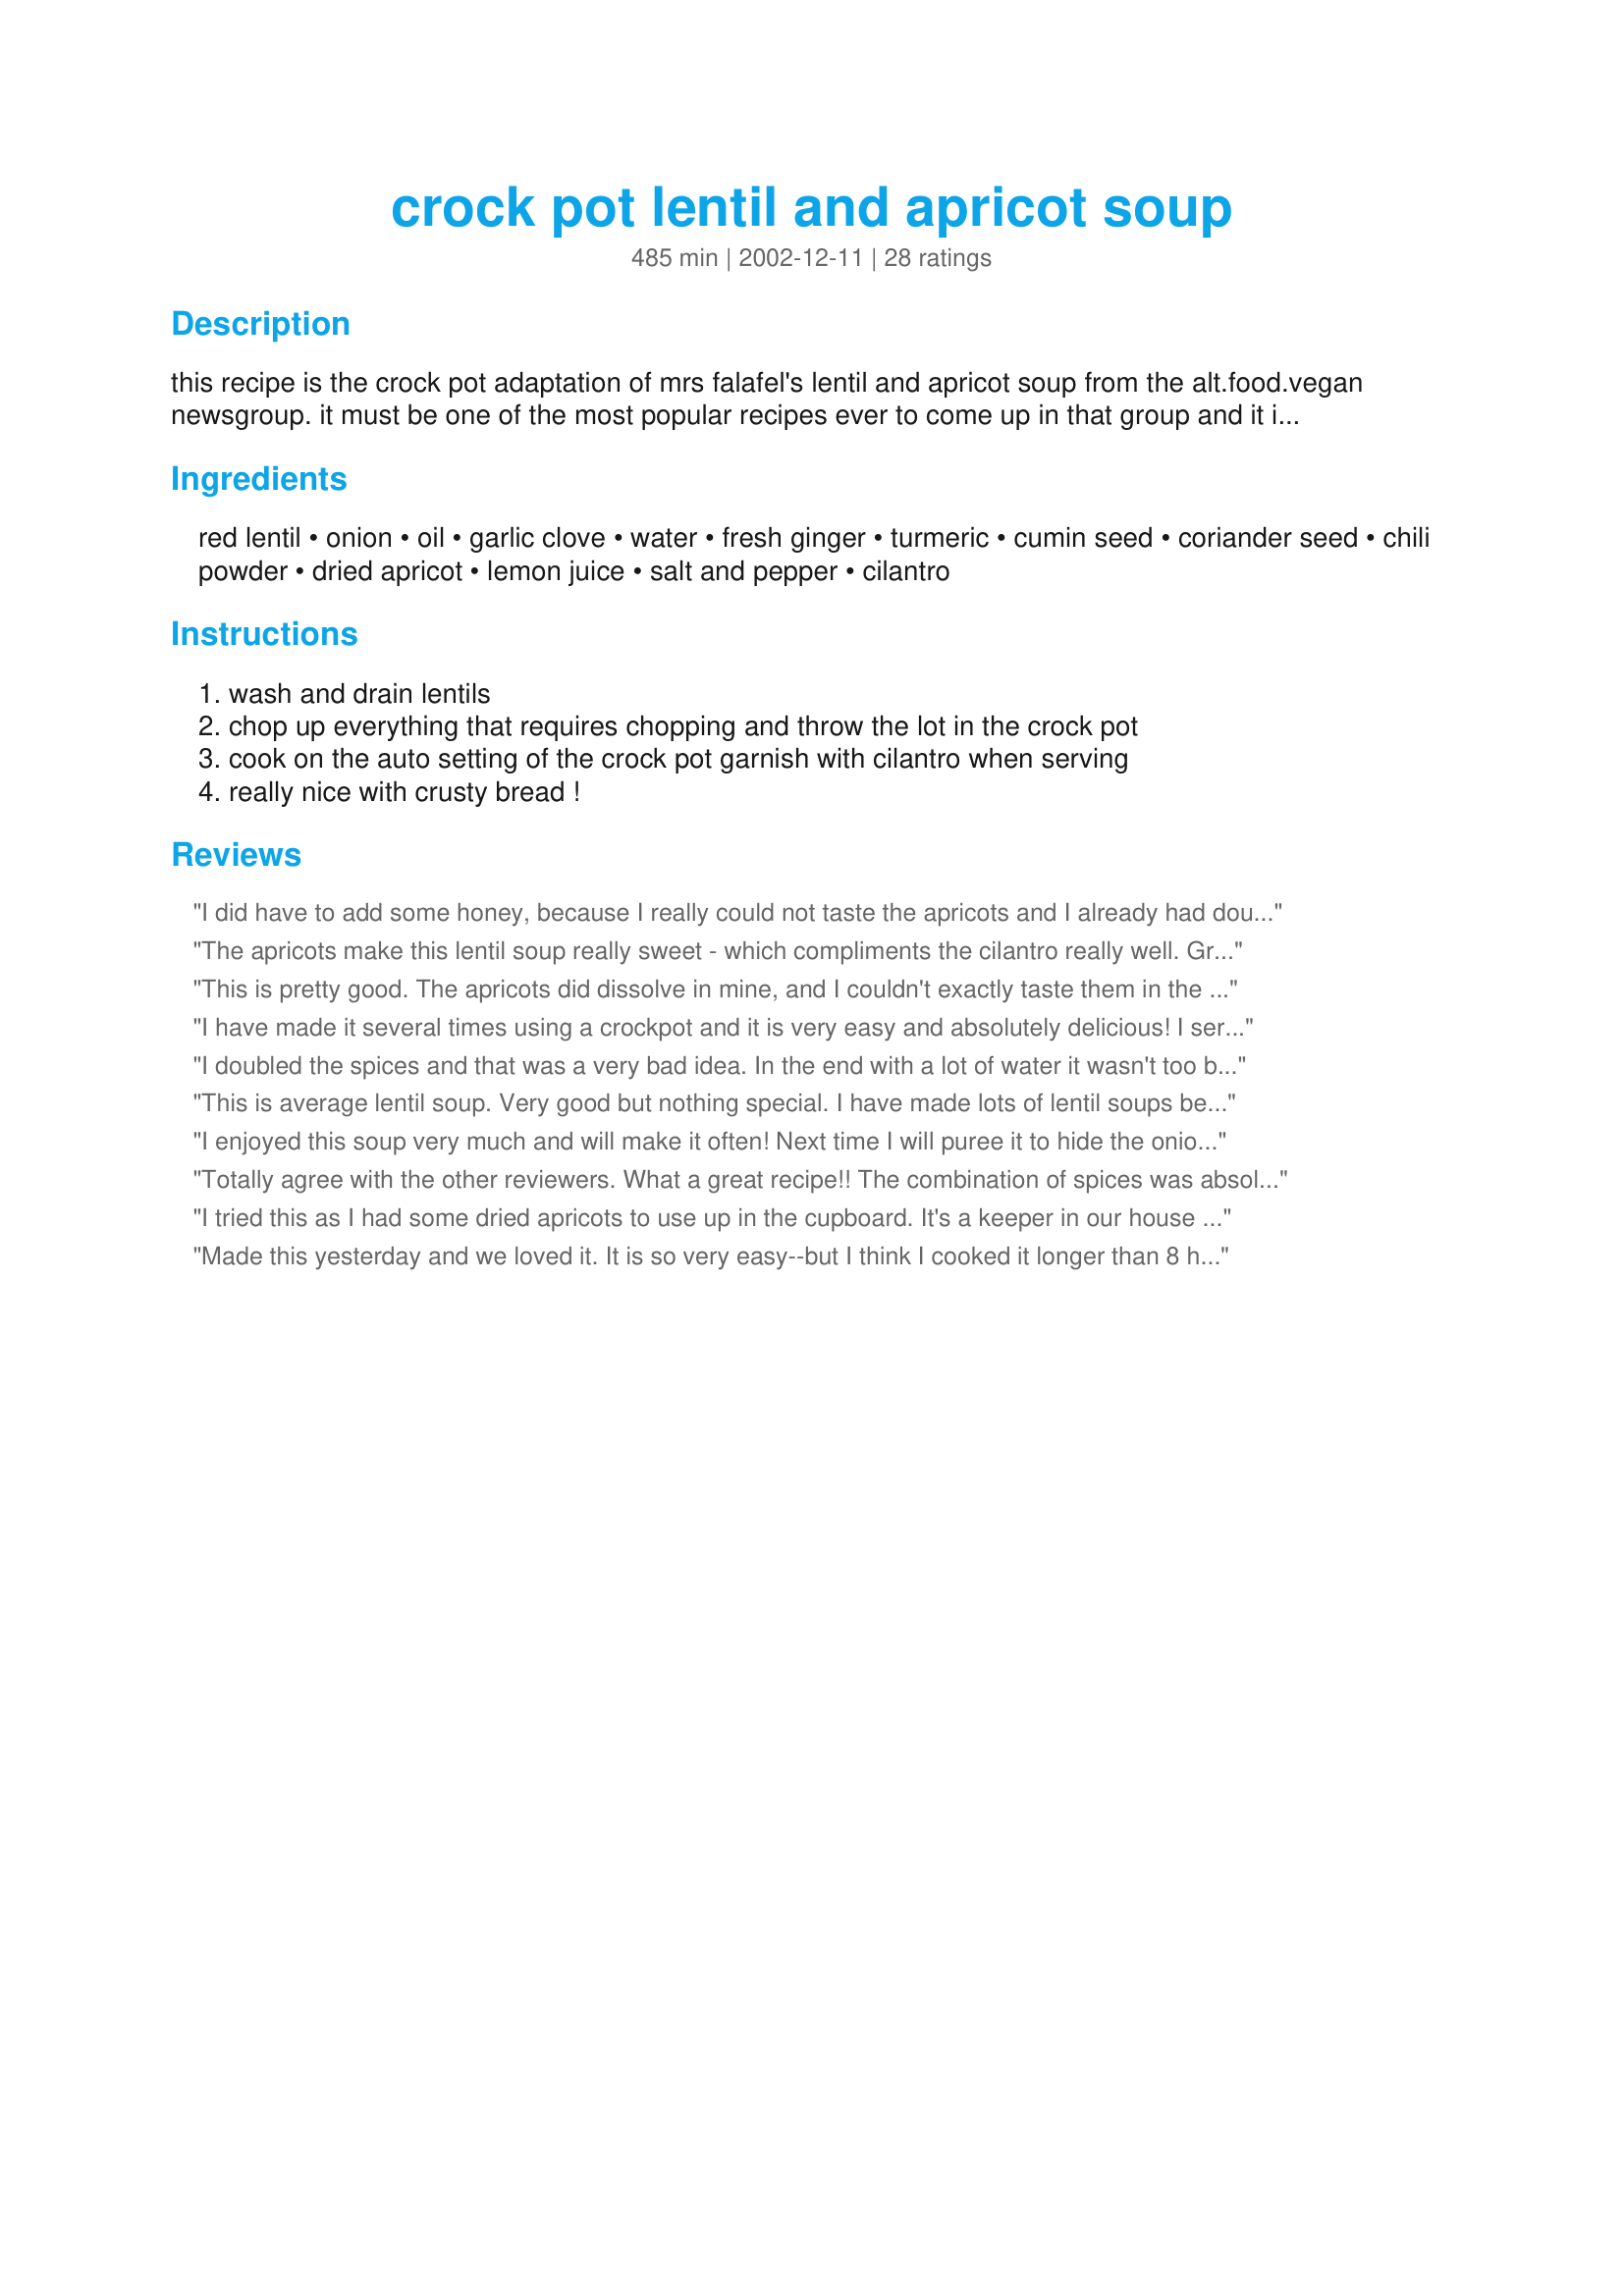
crock pot lentil and apricot soup
Preparation time: 485 minutes

this recipe is the crock pot adaptation of mrs falafel's lentil and apricot soup from the alt.food.vegan newsgroup. it must be one of the most popular recipes ever to come up in that group and it is also superb and even easier in the crock pot. i throw it all together before work and eat it about 8 hours later. the apricots mush down and all it needs is a quick stir before serving.
ps. auto setting on my crockpot is one hour on high and then the rest on low.

Ingredients:
red lentil, onion, oil, garlic clove, water, fresh ginger, turmeric, cumin seed, coriander seed, chili powder, dried apricot, lemon juice, salt and pepper, cilantro

Steps:
wash and drain lentils, chop up everything that requires chopping and throw the lot in the crock pot, cook on the auto setting of the crock pot garnish with cilantro when serving, really nice with crusty bread !

Reviews:
I did have to add some honey, because I really could not taste the apricots and I already had doubled them. Maybe I'll add an apricot preserve next time instead. I did reduce the cumin by half, because it's one of my less favorite spices. Forgot the cilantro, even though I had it in the fridge. Still came out pretty good! I can also see some cut-up hot dogs added (I am no vegan nor vegetarian). Should freeze well, too. It's a keeper!
The apricots make this lentil soup really sweet - which compliments the cilantro really well. Great tasting and filling vegetarian meal - I'd make this again.
This is pretty good. The apricots did dissolve in mine, and I couldn't exactly taste them in the finished product but I think they lent a hint of sweetness. It was easy enough to make, but my crock pot doesn't have an auto setting. I cooked it on high about 5 hours, trying to get the onions to soften. I think next time I'd fry them in a little oil before adding to the crock pot to enhance their flavor and texture. It smelled wonderful while cooking.
I have made it several times using a crockpot and it is very easy and absolutely delicious! I serve it with cornbread. A friend made it and substituted raisins for apricots. She also loved it. Mrs. Spike
I doubled the spices and that was a very bad idea. In the end with a lot of water it wasn't too bad! I didn't find the apricots dissolving very well, but they may have been very dried out in our area (or older). I would like to try it again but follow the recipe more closely!!
This is average lentil soup. Very good but nothing special. I have made lots of lentil soups because I love it. This recipe was simple and traditional as opposed to exotic. I love apricots so I was curious to try it out. I used double the amount of apricots because other reviews mentioned you could not taste them. All you really taste is that the soup is a little sweeter. I will probably make it again but I would leave out the apricots.
I enjoyed this soup very much and will make it often! Next time I will puree it to hide the onions from my boyfriend!
Totally agree with the other reviewers. What a great recipe!! The combination of spices was absolutely superb and the apricots are perfect. My two year old loved it as did his parents. I love that something so healthy can be so delicious!!!
I tried this as I had some dried apricots to use up in the cupboard. It's a keeper in our house though I did have to add more lentils to make it a thicker consistency. I think I might increase the spices next time as it was sweet enough to have a bit more bite! Heated up lovely for lunch the next day too. Well done.
Made this yesterday and we loved it. It is so very easy--but I think I cooked it longer than 8 hours in the crockpot. I cheated and tasted it before it was done and decided there wasn't quite enough flavor so I increased the red pepper, cumin and coriander and added more lemon juice. Delicious and filling---an easy dinner. The coriander leaves made a nice garnish. Thanks for the recipe--we will be having it often.
My husband and I really enjoyed this recipe with its multi-layered flavors. We thought it was rich and delicious. Like other people mentioned, I doubled the apricots. My husband loved it so much that he's requested it again and again. Definitely a keeper!
This is a nice weeknight meal. I doubled the apricots. Like a lot of the other reviewers, I could barely taste the apricots. I was expecting that the apricot would make the entire soup sweet, but you could only taste them until you bit into one. It was very nicely spiced, and so easy to make! Thanks for sharing.
Really, really good and filling! I whipped this up in the crockpot (low, 8 hours). I added fresh spinach towards the end, and served it over whole wheat couscous.
Absolutely gorgeous - I made it on the stovetop, as I wanted to make it for dinner tonight. Ingredients as stated, simmered for about an hour or so - turns more or less into stew.
Wow. This soup was so good! Loved all the spices and didn't feel it needed anything else. I did saute the onions before adding to the crockpot as I didn't want them crunchy, but that may not have been necessary.
Beautiful taste thanks! I used fresh vegetable stock - My only problem was the lentils were still quite firm even after several extra hours, even a couple on HIGH - so I dumped it out of the crock pot and heated up on the stove which seemed to do the trick. Does anyone else have a tip for softening lentils for crock pot use?
Very good soup! I've been wanting to try but leary of what my family might think. Well, they all loved it! I cooked on high for about 2-3 hours and then the rest on low. After cooking I blended it a bit with my immersion blender and it gave it a very nice consistancy. I added 1tsp of lemon juice and just a touch of salt and pepper. Yum! It's a keeper!
We really enjoyed this super easy soup, which I also think will freeze great for lunches! Thanks for sharing!
I had to do a few substitutions based on what I had in the house (brown lentils for red, no turmeric, powdered ginger for fresh, etc.). Very tasty.
Delicious! I wasn't sure about the AUTO setting, so cooked mine on high 4 to 5 hours. The lentils were soft and the apricots did seem to disappear. The consistency was pretty thick, almost like a stew, but I prefer that anyway(more stays on my spoon:^) Loved the mix of spices and the turmeric gave it a nice color. This was super easy. I'll be sure to make it often.
This soup was bland to my tastes. It was definitely easy to make.
Made this for dinner. Omitted a lot of ingredients although I am not sure why. Basically the only ingredients I used were red lentils, onion, vegetable stock, powdered ginger, turmeric, and cumin. No salt or pepper or anything else. My husband did not like the smell of it cooking so he wouldn't even try it. I loved it and my 15 month old did too. I ate mine over couscous. I like this recipe and will make it again following the recipe exactly. Had 4 and 1/2 tall baby food jars leftover which I froze. *** Turns out my crockpot emits an odor and makes the house smell so my husband not liking the smell had nothing to do with this dish.
Very, very good! My meat & potato loving DH has been asking for a bowl of this every day. I doubled the recipe and didn't add the oil because I used chicken stock instead. I cooked it all day the in crockpot and the house smelled amazing! Thank you for this delicious, healthy recipe!
Very good! I did throw in a few extra veggies. I didn't have time for the crockpot, so I did it on the stove. Stovetop took about 3 hours start to finish. I brought the lentils to a boil, and let cook about an 1 hour over med-high heat, covered, then lowered to low for another 2 hours, covered. Great recipe!
I had high hopes for this soup but wasn't really crazy about it. I even added extra seasonings (like curry powder, garam masala) but still felt like it was pretty boring. Glad I cut the recipe in half because I did not feel like eating these leftovers.....but my boyfriend liked it well enough so he ate them.
My daughter is the lentil lover in our family and she rates in a 4 stars. This is a very quick & easy recipe. Healthy & easy clean up. I couldn't ask for a nicer recipe. I am sure I will be making again. Thank you.
I am so impressed that such an easy recipe was so delicious. I made the recipe exactly as written and don't plan to make any changes the next time. It is perfect as is.
Tried it with a little tomato paste, ground ginger, no coriander, and lemon pepper - delish!
